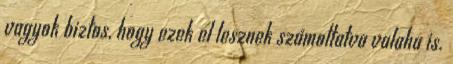
vagyok biztos, hogy ezek el lesznek számoltatva valaha is.